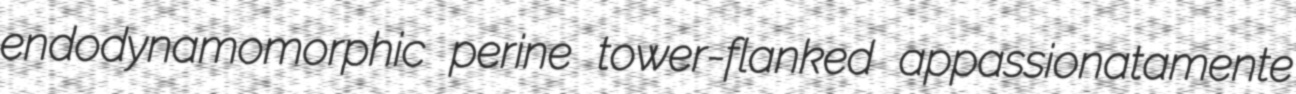
endodynamomorphic perine tower-flanked appassionatamente